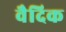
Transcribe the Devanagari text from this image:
वैदिक